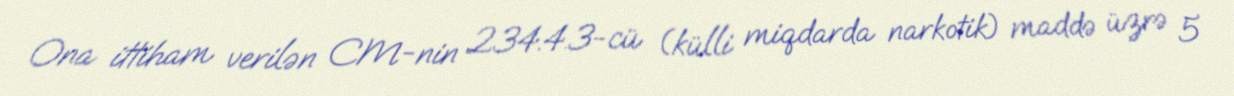
Ona ittiham verilən CM-nin 234.4.3-cü (külli miqdarda narkotik) maddə üzrə 5